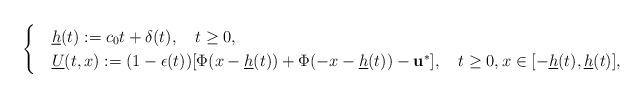
LaTeX: \begin{align*}\begin{cases}&\underline h(t):=c_0t+\delta(t), \ \ \ t\geq 0,\\&\underline U(t,x):= (1-\epsilon(t))[\Phi(x-\underline h(t))+\Phi(-x-\underline h(t))-\mathbf{u}^*], \ \ \ t\geq 0, x\in [-\underline h(t),\underline h(t)],\end{cases}\end{align*}